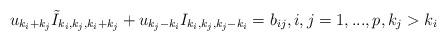
LaTeX: \begin{align*} u_{k_i + k_j} \tilde I_{k_i, k_j, k_i+ k_j} + u_{k_j-k_i} I_{k_i, k_j, k_j -k_i} = b_{ij}, i, j=1,..., p, k_j > k_i\end{align*}